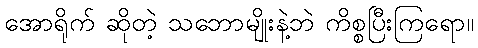
အောရိုက် ဆိုတဲ့ သဘောမျိုးနဲ့ဘဲ ကိစ္စပြီးကြရော။